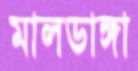
মালডাঙ্গা